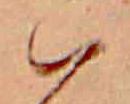
ハ